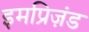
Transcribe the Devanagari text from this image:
इमप्रिज़ंड